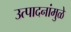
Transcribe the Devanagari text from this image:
उत्पादनांमुळे